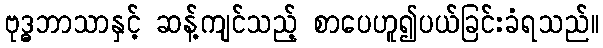
ဗုဒ္ဓဘာသာနှင့် ဆန့်ကျင်သည့် စာပေဟူ၍ပယ်ခြင်းခံရသည်။